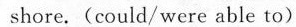
shore.(could/were able to)